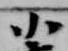
小